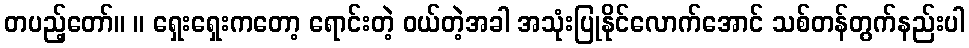
တပည့်တော်။ ။ ရှေးရှေးကတော့ ရောင်းတဲ့ ဝယ်တဲ့အခါ အသုံးပြုနိုင်လောက်အောင် သစ်တန်တွက်နည်းပါ